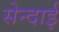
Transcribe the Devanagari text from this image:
सेन्दाई